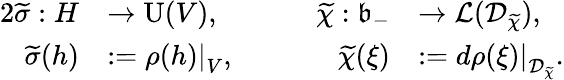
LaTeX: \begin{array}{rlrl}{{2}\widetilde{\sigma}:H}&{\to\mathrm{U}(V),}&{\qquad\widetilde{\chi}:\mathfrak{b}_{-}}&{\to\mathcal{L}(\mathcal{D}_{\widetilde{\chi}}),}\\ {\widetilde{\sigma}(h)}&{:=\left.\rho(h)\right|_{V},}&{\widetilde{\chi}(\xi)}&{:=\left.d\rho(\xi)\right|_{\mathcal{D}_{\widetilde{\chi}}}.}\end{array}